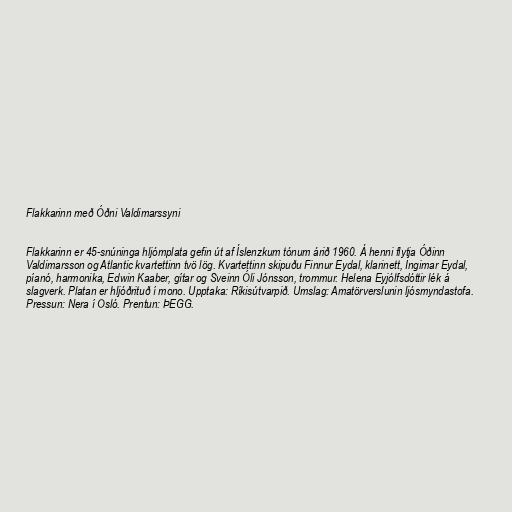
Flakkarinn með Óðni Valdimarssyni

Flakkarinn er 45-snúninga hljómplata gefin út af Íslenzkum tónum árið 1960. Á henni flytja Óðinn
Valdimarsson og Atlantic kvartettinn tvö lög. Kvartettinn skipuðu Finnur Eydal, klarinett, Ingimar Eydal,
píanó, harmonika, Edwin Kaaber, gítar og Sveinn Óli Jónsson, trommur. Helena Eyjólfsdóttir lék á
slagverk. Platan er hljóðrituð í mono. Upptaka: Ríkisútvarpið. Umslag: Amatörverslunin ljósmyndastofa.
Pressun: Nera í Osló. Prentun: ÞEGG.